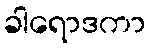
ခါရောဒကာ